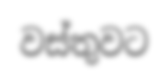
වස්තුවට